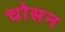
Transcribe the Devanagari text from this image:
चोसन